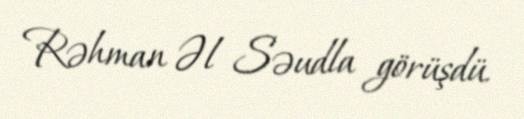
Rəhman Əl Səudla görüşdü.